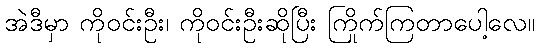
အဲဒီမှာ ကိုဝင်းဦး၊ ကိုဝင်းဦးဆိုပြီး ကြိုက်ကြတာပေါ့လေ။